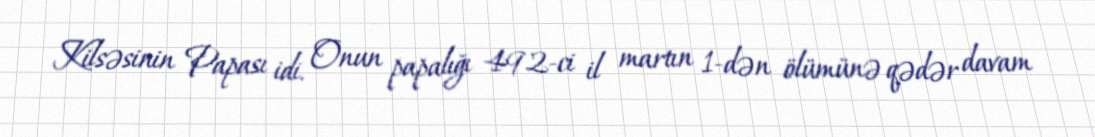
Kilsəsinin Papası idi. Onun papalığı 492-ci il martın 1-dən ölümünə qədər davam